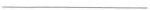
___